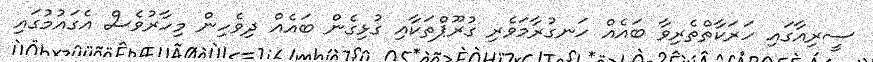
ސީރިއާގައި ހަރަކާތްތެރިވާ ބައެއް ހަނގުރާމަވެރި ގުރޫޕްތަކާއި ގުޅިގެން ބައެއް ދިވެހިން މިހާރުވެސް އެގައުމުގައި